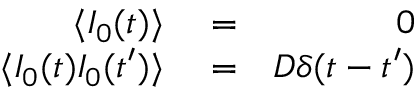
\begin{array} { r l r } { \langle I _ { 0 } ( t ) \rangle } & { { } = } & { 0 } \\ { \langle I _ { 0 } ( t ) I _ { 0 } ( t ^ { \prime } ) \rangle } & { { } = } & { D \delta ( t - t ^ { \prime } ) } \end{array}